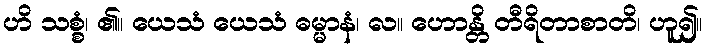
ဟိ သစ္စံ၊ ၏။ ယေသံ ယေသံ ဓမ္မာနံ၊ လ။ ဟောန္တိ တီရိတာစာတိ၊ ဟူ၍။